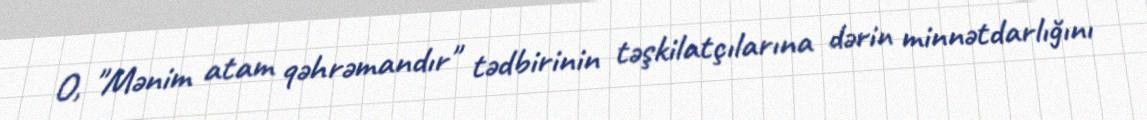
O, "Mənim atam qəhrəmandır" tədbirinin təşkilatçılarına dərin minnətdarlığını